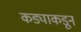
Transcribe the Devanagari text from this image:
कड्याकडून